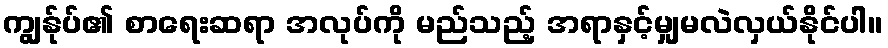
ကျွန်ုပ်၏ စာရေးဆရာ အလုပ်ကို မည်သည့် အရာနှင့်မျှမလဲလှယ်နိုင်ပါ။